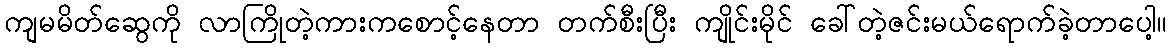
ကျမမိတ်ဆွေကို လာကြိုတဲ့ကားကစောင့်နေတာ တက်စီးပြီး ကျိုင်းမိုင် ခေါ်တဲ့ဇင်းမယ်ရောက်ခဲ့တာပေါ့။